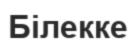
Білекке